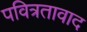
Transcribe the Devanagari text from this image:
पवित्रतावाद